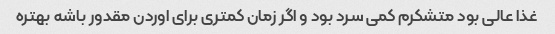
غذا عالی بود متشکرم کمی سرد بود و اگر زمان کمتری برای اوردن مقدور باشه بهتره